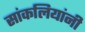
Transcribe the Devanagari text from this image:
सांकलियांनी